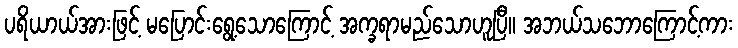
ပရိယာယ်အားဖြင့် မပြောင်းရွေ့သောကြောင့် အက္ခရာမည်သောဟူပြီ။ အဘယ်သဘောကြောင့်ကား